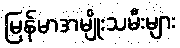
မြန်မာအမျိုးသမီးများ